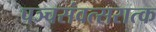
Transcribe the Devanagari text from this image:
पञ्चसंवत्सरात्क